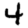
Digit: 4